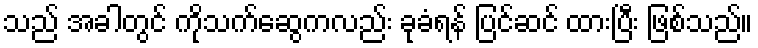
သည် အခါတွင် ကိုသက်ဆွေကလည်း ခုခံရန် ပြင်ဆင် ထားပြီး ဖြစ်သည်။